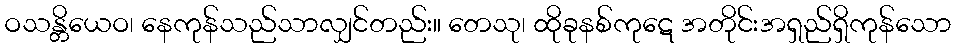
ဝသန္တိယေဝ၊ နေကုန်သည်သာလျှင်တည်း။ တေသု၊ ထိုခုနစ်ကုဋေ အတိုင်းအရှည်ရှိကုန်သော